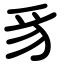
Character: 豸